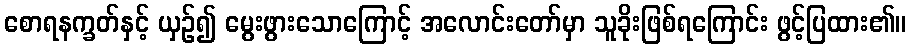
စောရနက္ခတ်နှင့် ယှဉ်၍ မွေးဖွားသောကြောင့် အလောင်းတော်မှာ သူခိုးဖြစ်ရကြောင်း ဖွင့်ပြထား၏။